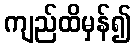
ကျည်ထိမှန်၍